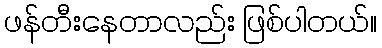
ဖန်တီးနေတာလည်း ဖြစ်ပါတယ်။